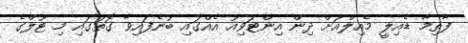
ފާތިމާ ޑެއިލީ މެއިލްއަށް ދިން އިންޓަވިއު އެއްގައި ބުނެފައިވާ ގޮތުގައި މި ޓޫލްގެ